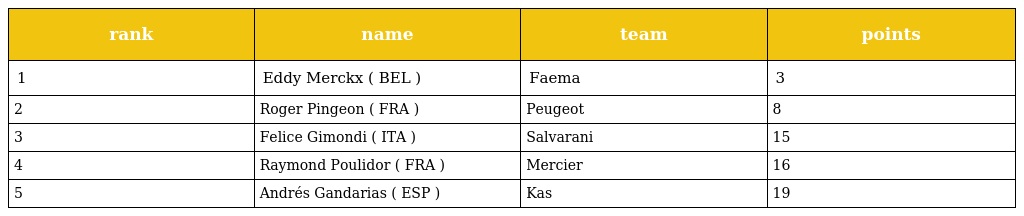
| rank | name | team | points |
 | --- | --- | --- | --- |
 | 1 | Eddy Merckx ( BEL ) | Faema | 3 |
 | 2 | Roger Pingeon ( FRA ) | Peugeot | 8 |
 | 3 | Felice Gimondi ( ITA ) | Salvarani | 15 |
 | 4 | Raymond Poulidor ( FRA ) | Mercier | 16 |
 | 5 | Andrés Gandarias ( ESP ) | Kas | 19 |